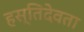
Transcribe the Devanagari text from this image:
हस्तिदेवता